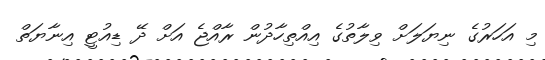
މި އަހަރުގެ ނިޔަލަށް ވިލާތުގެ އިއްތިހާދުން ރާއްޖެ އަށް ދޭ ޑިއުޓީ އިނާޔަތް